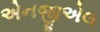
એનજીએલ